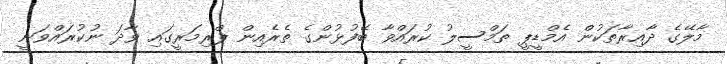
މާލޭގެ ދާއިރާތަކުން އެމްޑީޕީ ތަމްސީލު ކުރައްވާ ބޭފުޅުންގެ ތެރެއިން ޕްރިމަރީގައި ވާދަ ނުކުރައްވަނީ